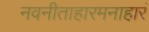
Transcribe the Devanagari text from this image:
नवनीताहारमनाहारं